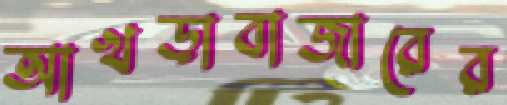
আখড়াবাজারের